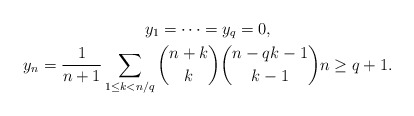
\begin{gather*} y_1=\dots=y_{q}=0, \\ y_n =\frac{1}{n+1}\sum_{1\le k <n/q} \binom{n+k}{k}\binom{n-q k-1}{k-1} n\ge q+1.\end{gather*}